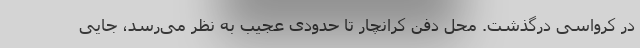
در کرواسی درگذشت. محل دفن کرانچار تا حدودی عجیب به نظر می‌رسد، جایی